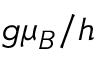
g \mu _ { B } / h